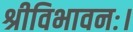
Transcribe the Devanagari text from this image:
श्रीविभावनः।